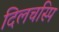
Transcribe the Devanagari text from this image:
दिलचस्पि